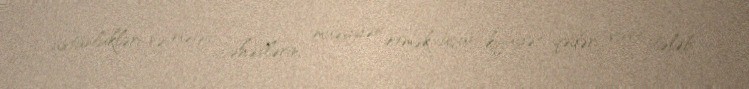
üstünlükləri və mənfi cəhətlərini müəyyən etmək üçün kifayət qədər vaxt tələb